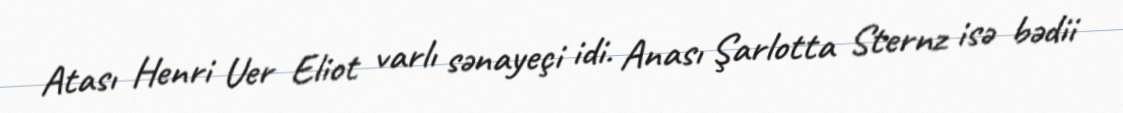
Atası Henri Uer Eliot varlı sənayeçi idi. Anası Şarlotta Sternz isə bədii